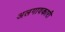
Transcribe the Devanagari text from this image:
अलगावकारी